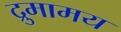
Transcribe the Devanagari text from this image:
द्रुमामय